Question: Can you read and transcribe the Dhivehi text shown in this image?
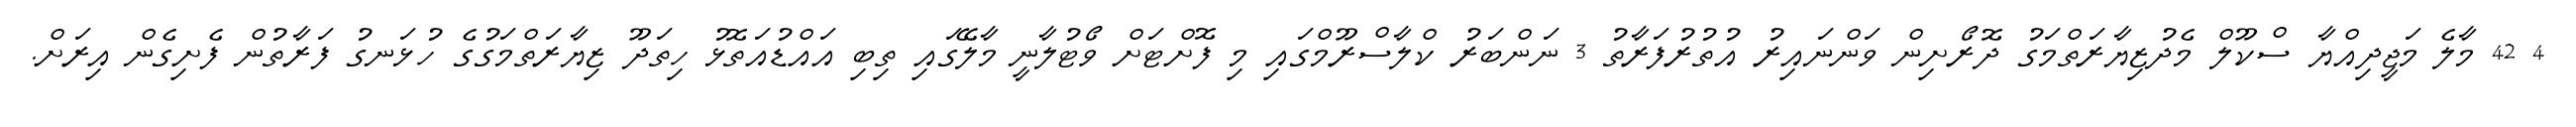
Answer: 4 42 މާލެ މަޖީދިއްޔާ ސްކޫލް މެދުޒިޔާރަތްމަގު ދޮރޯށިން ވަންނައިރު އުތުރުފަރާތު 3 ނަންބަރު ކްލާސްރޫމްގައި މި ފޮށްޓަށް ވޯޓުލާނީ މާލޭގައި ތިބި އައްޑުއަތޮޅު ހިތަދޫ ޒިޔާރަތްމަގުގެ ހުޅަނގު ފަރާތުން ފެށިގެން އިރަށް.